Scottish Leaving Certificate Examination, 1956
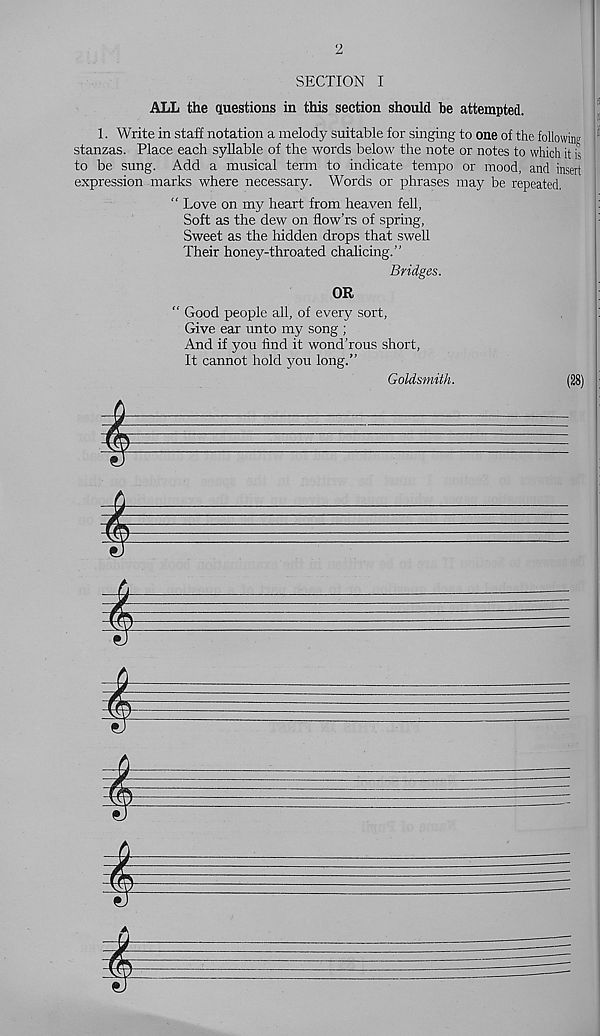
2
SECTION I
ALL the questions in this section should be attempted.
1. Write in staff notation a melody suitable for singing to one of the following
stanzas. Place each syllable of the words below the note or notes to which it is
to be sung. Add a musical term to indicate tempo or mood, and insert
expression marks where necessary. Words or phrases may be repeated.
“ Love on my heart from heaven fell,
Soft as the dew on flow’rs of spring,
Sweet as the hidden drops that swell
Their honey-throated chalking.”
Bridges.
OR
“ Good people all, of every sort,
!
Give ear unto my song ;
And if you find it wond’rous short,
It cannot hold you long.”
Goldsmith.
(28)